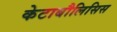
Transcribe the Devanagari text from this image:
केटाबौलिसिस